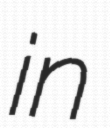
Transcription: in